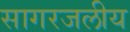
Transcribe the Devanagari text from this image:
सागरजलीय